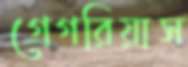
গ্রেগরিয়াস